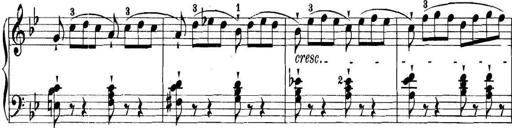
Title: 11 Sonatinas
Composer: Anton Diabelli